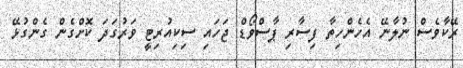
ރޭކާވެސް ނުލާނޭ އެހެންހިތާ ފިސާރި ޕާސްވޯޑް ޖަހައި ސިކިއުރިޓީ ވަރުގަދަ ކޮށްގެން ގެންގުޅޭ